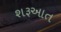
શરૂઆત